Civil Veterinary Dept. North-West Frontier Province 1901-22 - 1901-1922
Year: 1901
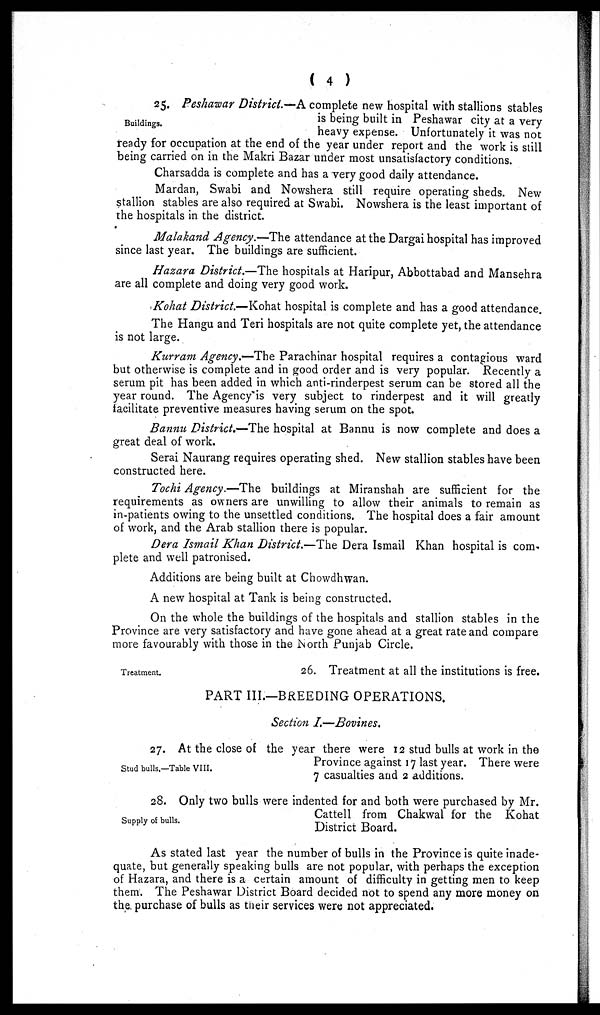
( 4 )
Buildings.
25. Peshawar District.—A complete new hospital with stallions stables
is being built in Peshawar city at a very
heavy expense. Unfortunately it was not
ready for occupation at the end of the year under report and the work is still
being carried on in the Makri Bazar under most unsatisfactory conditions.
Charsadda is complete and has a very good daily attendance.
Mardan, Swabi and Nowshera still require operating sheds. New
stallion stables are also required at Swabi. Nowshera is the least important of
the hospitals in the district.
Malakand Agency.—The attendance at the Dargai hospital has improved
since last year. The buildings are sufficient.
Hazara District.—The hospitals at Haripur, Abbottabad and Mansehra
are all complete and doing very good work.
Kohat District.—Kohat hospital is complete and has a good attendance.
The Hangu and Teri hospitals are not quite complete yet, the attendance
is not large.
Kurram Agency.—The Parachinar hospital requires a contagious ward
but otherwise is complete and in good order and is very popular. Recently a
serum pit has been added in which anti-rinderpest serum can be stored all the
year round. The Agency is very subject to rinderpest and it will greatly
facilitate preventive measures having serum on the spot.
Bannu District.—The hospital at Bannu is now complete and does a
great deal of work.
Serai Naurang requires operating shed. New stallion stables have been
constructed here.
Tochi Agency.—The buildings at Miranshah are sufficient for the
requirements as owners are unwilling to allow their animals to remain as
in-patients owing to the unsettled conditions. The hospital does a fair amount
of work, and the Arab stallion there is popular.
Dera Ismail Khan District.—The Dera Ismail Khan hospital is com-
plete and well patronised.
Additions are being built at Chowdhwan.
A new hospital at Tank is being constructed.
On the whole the buildings of the hospitals and stallion stables in the
Province are very satisfactory and have gone ahead at a great rate and compare
more favourably with those in the North Punjab Circle.
Treatment.
26. Treatment at all the institutions is free.
PART III.—BREEDING OPERATIONS.
Section I.—Bovines.
Stud bulls.—Table VIII.
27. At the close of the year there were 12 stud bulls at work in the
Province against 17 last year. There were
7 casualties and 2 additions.
Supply of bulls.
28. Only two bulls were indented for and both were purchased by Mr.
Cattell from Chakwal for the Kohat
District Board.
As stated last year the number of bulls in the Province is quite inade-
quate, but generally speaking bulls are not popular, with perhaps the exception
of Hazara, and there is a certain amount of difficulty in getting men to keep
them. The Peshawar District Board decided not to spend any more money on
the purchase of bulls as their services were not appreciated.